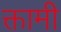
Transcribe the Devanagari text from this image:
क्तामी